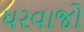
ધરવાજો